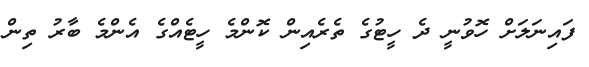
ފައިނަލަށް ހޮވުނީ ދެ ހީޓުގެ ތެރެއިން ކޮންމެ ހީޓެއްގެ އެންމެ ބާރު ތިން